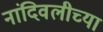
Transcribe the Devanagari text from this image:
नांदिवलीच्या